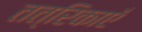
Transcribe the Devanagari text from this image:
तत्रिकाएँ